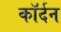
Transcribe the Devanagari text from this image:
कॉर्दन